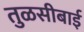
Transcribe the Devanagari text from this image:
तुळसीबाई